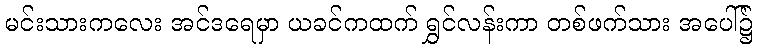
မင်းသားကလေး အင်ဒရေမှာ ယခင်ကထက် ရွှင်လန်းကာ တစ်ဖက်သား အပေါ်၌